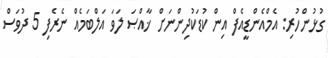
ގުޅުންހުރި: އެމްއެންޑީއެފް އިން ކުޑަކުދިންނަށް ޚާއްޞަ ލަވަ އަލްބަމެއް ނެރެފި 5 ދުވަސް